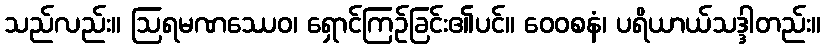
သည်လည်း။ ဩရမဏဿေဝ၊ ရှောင်ကြဉ်ခြင်း၏ပင်။ ဝေဝစနံ၊ ပရိယာယ်သဒ္ဒါတည်း။